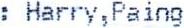
: HARRY,PAING